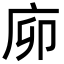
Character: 㡻